Source: Computer-generated
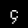
Digit: ၄ (4)